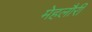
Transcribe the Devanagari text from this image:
मेहलौरी